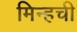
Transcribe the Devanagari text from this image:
मिन्हची